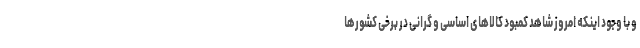
و با وجود اینکه امروز شاهد کمبود کالاهای اساسی و گرانی در برخی کشورها